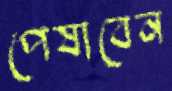
পেষাবেন